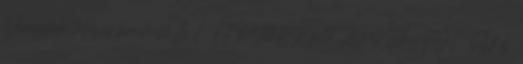
Virágláda tálcával terrakotta 6 L TERMÉKRE 20 KG-TŐL TOF